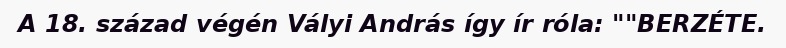
A 18. század végén Vályi András így ír róla: ""BERZÉTE.